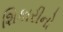
શિકારીનો